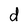
Character: d